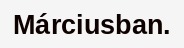
Márciusban.